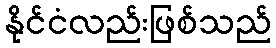
နိုင်ငံလည်းဖြစ်သည်